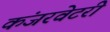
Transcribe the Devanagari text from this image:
कंजरवेटरी